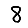
Digit: 8